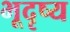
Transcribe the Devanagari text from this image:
भूदृष्य